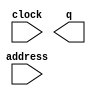
// megafunction wizard: %ROM: 1-PORT%VBB%
// GENERATION: STANDARD
// VERSION: WM1.0
// MODULE: altsyncram 

// ============================================================
// Megafunction Name(s):
// 			altsyncram
//
// Simulation Library Files(s):
// 			altera_mf
// ============================================================
// ************************************************************
// THIS IS A WIZARD-GENERATED FILE. DO NOT EDIT THIS FILE!
//
// 14.0.0 Build 200 06/17/2014 SJ Web Edition
// ************************************************************

//Copyright (C) 1991-2014 Altera Corporation. All rights reserved.
//Your use of Altera Corporation's design tools, logic functions 
//and other software and tools, and its AMPP partner logic 
//functions, and any output files from any of the foregoing 
//(including device programming or simulation files), and any 
//associated documentation or information are expressly subject 
//to the terms and conditions of the Altera Program License 
//Subscription Agreement, the Altera Quartus II License Agreement,
//the Altera MegaCore Function License Agreement, or other 
//applicable license agreement, including, without limitation, 
//that your use is for the sole purpose of programming logic 
//devices manufactured by Altera and sold by Altera or its 
//authorized distributors.  Please refer to the applicable 
//agreement for further details.

module poolcue270 (
	address,
	clock,
	q);

	input	[7:0]  address;
	input	  clock;
	output	[3:0]  q;
`ifndef ALTERA_RESERVED_QIS
// synopsys translate_off
`endif
	tri1	  clock;
`ifndef ALTERA_RESERVED_QIS
// synopsys translate_on
`endif

endmodule

// ============================================================
// CNX file retrieval info
// ============================================================
// Retrieval info: PRIVATE: ADDRESSSTALL_A NUMERIC "0"
// Retrieval info: PRIVATE: AclrAddr NUMERIC "0"
// Retrieval info: PRIVATE: AclrByte NUMERIC "0"
// Retrieval info: PRIVATE: AclrOutput NUMERIC "0"
// Retrieval info: PRIVATE: BYTE_ENABLE NUMERIC "0"
// Retrieval info: PRIVATE: BYTE_SIZE NUMERIC "8"
// Retrieval info: PRIVATE: BlankMemory NUMERIC "0"
// Retrieval info: PRIVATE: CLOCK_ENABLE_INPUT_A NUMERIC "0"
// Retrieval info: PRIVATE: CLOCK_ENABLE_OUTPUT_A NUMERIC "0"
// Retrieval info: PRIVATE: Clken NUMERIC "0"
// Retrieval info: PRIVATE: IMPLEMENT_IN_LES NUMERIC "0"
// Retrieval info: PRIVATE: INIT_FILE_LAYOUT STRING "PORT_A"
// Retrieval info: PRIVATE: INIT_TO_SIM_X NUMERIC "0"
// Retrieval info: PRIVATE: INTENDED_DEVICE_FAMILY STRING "Cyclone IV E"
// Retrieval info: PRIVATE: JTAG_ENABLED NUMERIC "1"
// Retrieval info: PRIVATE: JTAG_ID STRING "270d"
// Retrieval info: PRIVATE: MAXIMUM_DEPTH NUMERIC "0"
// Retrieval info: PRIVATE: MIFfilename STRING "./colorMap/colorMap/poolcue270.hex"
// Retrieval info: PRIVATE: NUMWORDS_A NUMERIC "150"
// Retrieval info: PRIVATE: RAM_BLOCK_TYPE NUMERIC "0"
// Retrieval info: PRIVATE: RegAddr NUMERIC "1"
// Retrieval info: PRIVATE: RegOutput NUMERIC "1"
// Retrieval info: PRIVATE: SYNTH_WRAPPER_GEN_POSTFIX STRING "0"
// Retrieval info: PRIVATE: SingleClock NUMERIC "1"
// Retrieval info: PRIVATE: UseDQRAM NUMERIC "0"
// Retrieval info: PRIVATE: WidthAddr NUMERIC "8"
// Retrieval info: PRIVATE: WidthData NUMERIC "4"
// Retrieval info: PRIVATE: rden NUMERIC "0"
// Retrieval info: LIBRARY: altera_mf altera_mf.altera_mf_components.all
// Retrieval info: CONSTANT: ADDRESS_ACLR_A STRING "NONE"
// Retrieval info: CONSTANT: CLOCK_ENABLE_INPUT_A STRING "BYPASS"
// Retrieval info: CONSTANT: CLOCK_ENABLE_OUTPUT_A STRING "BYPASS"
// Retrieval info: CONSTANT: INIT_FILE STRING "./colorMap/colorMap/poolcue270.hex"
// Retrieval info: CONSTANT: INTENDED_DEVICE_FAMILY STRING "Cyclone IV E"
// Retrieval info: CONSTANT: LPM_HINT STRING "ENABLE_RUNTIME_MOD=YES,INSTANCE_NAME=270d"
// Retrieval info: CONSTANT: LPM_TYPE STRING "altsyncram"
// Retrieval info: CONSTANT: NUMWORDS_A NUMERIC "150"
// Retrieval info: CONSTANT: OPERATION_MODE STRING "ROM"
// Retrieval info: CONSTANT: OUTDATA_ACLR_A STRING "NONE"
// Retrieval info: CONSTANT: OUTDATA_REG_A STRING "CLOCK0"
// Retrieval info: CONSTANT: WIDTHAD_A NUMERIC "8"
// Retrieval info: CONSTANT: WIDTH_A NUMERIC "4"
// Retrieval info: CONSTANT: WIDTH_BYTEENA_A NUMERIC "1"
// Retrieval info: USED_PORT: address 0 0 8 0 INPUT NODEFVAL "address[7..0]"
// Retrieval info: USED_PORT: clock 0 0 0 0 INPUT VCC "clock"
// Retrieval info: USED_PORT: q 0 0 4 0 OUTPUT NODEFVAL "q[3..0]"
// Retrieval info: CONNECT: @address_a 0 0 8 0 address 0 0 8 0
// Retrieval info: CONNECT: @clock0 0 0 0 0 clock 0 0 0 0
// Retrieval info: CONNECT: q 0 0 4 0 @q_a 0 0 4 0
// Retrieval info: GEN_FILE: TYPE_NORMAL poolcue270.v TRUE
// Retrieval info: GEN_FILE: TYPE_NORMAL poolcue270.inc FALSE
// Retrieval info: GEN_FILE: TYPE_NORMAL poolcue270.cmp FALSE
// Retrieval info: GEN_FILE: TYPE_NORMAL poolcue270.bsf FALSE
// Retrieval info: GEN_FILE: TYPE_NORMAL poolcue270_inst.v FALSE
// Retrieval info: GEN_FILE: TYPE_NORMAL poolcue270_bb.v TRUE
// Retrieval info: LIB_FILE: altera_mf